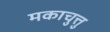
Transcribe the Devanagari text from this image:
मकाचुत्तु